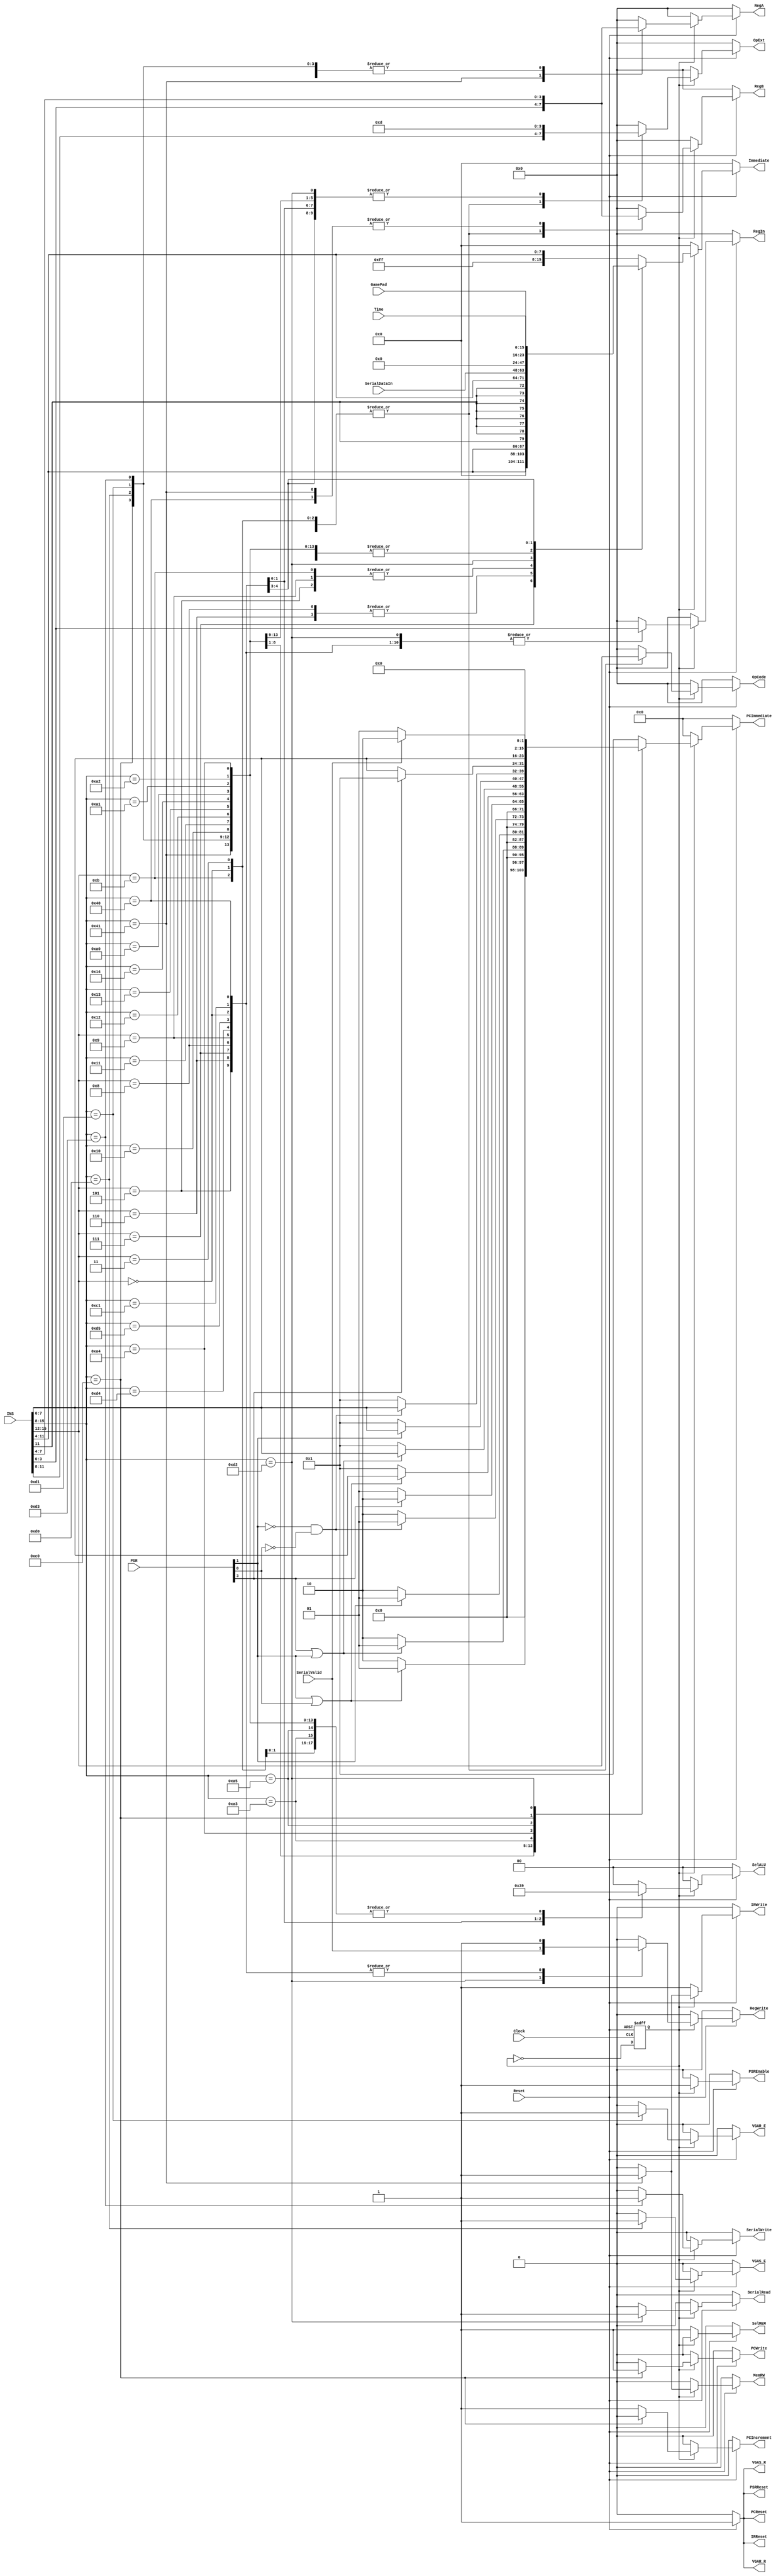
`timescale 1ns / 1ps
//////////////////////////////////////////////////////////////////////////////////
// Company: 
// Engineer: 
// 
// Design Name: 
// Module Name:    CPU_Controller 
// Project Name: 
// Target Devices: 
// Tool versions: 
// Description: 
//
// Dependencies: 
//
// Revision: 
// Revision 0.01 - File Created
// Additional Comments: 
//
//////////////////////////////////////////////////////////////////////////////////
module CPU_Controller(
    input Clock,
    input Reset,
    input [15:0] INS,
    input [4:0] PSR,
	 input [7:0] GamePad,
	 input [15:0] SerialDataIn,
	 input SerialValid,
	 input [15:0] Time,
    output reg [3:0] OpCode,
    output reg [3:0] OpExt,
    output reg RegWrite,
    output reg [3:0] RegIn,
    output reg [3:0] RegA,
    output reg [3:0] RegB,
    output reg [15:0] Immediate,
	 output reg [7:0] PCImmediate,
    output reg [1:0] SelALU,
    output reg SelMEM,
    output reg MemRW,
    output reg PCWrite,
    output reg PCIncrement,
    output reg PCReset,
    output reg IRReset,
    output reg IRWrite,
    output reg PSRReset,
	 output reg PSREnable,
	 output reg VGAS_R,
	 output reg VGAS_E,
	 output reg VGAR_R,
	 output reg VGAR_E,
	 output reg SerialWrite,
	 output reg SerialRead
    );
	 
	 reg state;
	 
	initial begin
		state = 0;
	end
	
	always@(posedge Clock, negedge Reset)
	begin
		if (~Reset)
		begin
			state <= 0;
		end
		else
		begin
			state <= ~state;
		end
	end
	
	always@(*)
	begin
		if (~Reset)
		begin
			OpCode = 0;
			OpExt = 0;
			RegWrite = 0;
			RegA = 0;
			RegB = 0; 
			RegIn = 0;
			Immediate = 0; 
			PCImmediate = 0;
			SelALU = 0;
			SelMEM = 0;
			MemRW = 0;
			PCWrite = 0; 
			PCIncrement = 0;
			PCReset = 0;
			IRReset = 0;
			IRWrite = 0;
			PSRReset = 0;
			PSREnable = 0;
		   VGAS_R = 0;
	      VGAS_E = 0;
	      VGAR_R = 0;
	      VGAR_E = 0;
	      SerialWrite = 0;
			SerialRead = 0;
		end
		else // else don't reset
		begin
	
		// State 0 -- Fetch
		if (~state)
		begin
			OpCode = 0;
			OpExt = 0;
			RegWrite = 0;
			RegA = 0;
			RegB = 0; 
			RegIn = 0;
			Immediate = 0; 
			PCImmediate = 0;
			SelALU = 0;
			SelMEM = 1;
			MemRW = 0;
			IRWrite = 1;
			PCWrite = 0;
			PCIncrement = 0;
			PCReset = 1;
			IRReset = 1;
			PSRReset = 1;
			PSREnable = 0;
			VGAS_R = 1;
	      VGAS_E = 0;
	      VGAR_R = 1;
	      VGAR_E = 0;
	      SerialWrite = 0;
			SerialRead = 0;
		end
			
		// State 1 -- Execute
		else
			begin
				PSREnable = 1;
			casex (INS[15:0])
				// Register to Register ALU instructions
				16'b0000_xxxx_xxxx_xxxx:
					begin
						// Send instruction to ALU
						OpCode = INS[15:12];
						OpExt = INS[11:8];
						// Enable Registers to write
						RegWrite = 1'b1; 
						// Set the write to register
						RegIn = INS[3:0];
						// Set the operands
						RegA = INS[7:4];
						RegB = INS[3:0];
						// The PC should increment by one
						PCImmediate = 8'h01; 
						// Don't care about the immediate
						Immediate = 16'h0000; 
						// Select Registers A as ALU input
						SelALU = 2'b01; 
						// Don't care about the memory address
						SelMEM = 1'b0; 
						// Don't write to memory
						MemRW = 1'b0;
						// Don't write to Instruction register
						IRWrite = 1'b0;
						// Don't write to Program Counter
						PCWrite = 1'b0;
						PCIncrement = 1'b1; 
						// Don't reset anything
						PCReset = 1'b1;
						IRReset = 1'b1;
						PSRReset = 1'b1;
						VGAS_R = 1;
						VGAS_E = 0;
						VGAR_R = 1;
						VGAR_E = 0;
						SerialWrite = 0;
						SerialRead = 0;	
					end
				16'b0001_0000_xxxx_xxxx:
				begin
					// BGE
						OpCode = 4'h0;
						OpExt = 4'h0;
						// Disable Registers to write
						RegWrite = 1'b0; 
						// Set the write to register
						RegIn = 4'b0;
						// Set the operands
						RegA = 4'b0;
						RegB = 4'b0;
						// The PC should increment by one  
						if(PSR[1] == 1 || PSR[0] == 1)
							PCImmediate = 8'h01;
						else
							PCImmediate = 8'h02; 
						// Don't care about the immediate
						Immediate = 16'h0000; 
						// Select Registers A as ALU input
						SelALU = 2'b01; 
						// Don't care about the memory address
						SelMEM = 1'b0; 
						// Don't write to memory
						MemRW = 1'b0;
						// Don't write to Instruction register
						IRWrite = 1'b0;
						// Don't write to Program Counter
						PCWrite = 1'b0;
						PCIncrement = 1'b1; 
						// Don't reset anything
						PCReset = 1'b1;
						IRReset = 1'b1;
						PSRReset = 1'b1;
						VGAS_R = 1;
						VGAS_E = 0;
						VGAR_R = 1;
						VGAR_E = 0;
						SerialWrite = 0;
						SerialRead = 0;
				end
				16'b0001_0001_xxxx_xxxx:
				begin
					// BHS
						OpCode = 4'h0;
						OpExt = 4'h0;
						// Disable Registers to write
						RegWrite = 1'b0; 
						// Set the write to register
						RegIn = 4'b0;
						// Set the operands
						RegA = 4'b0;
						RegB = 4'b0;
						// The PC should increment by one  
						if(PSR[3] == 1 || PSR[1] == 1)
							PCImmediate = 8'h01;
						else
							PCImmediate = 8'h02; 
						// Don't care about the immediate
						Immediate = 16'h0000; 
						// Select Registers A as ALU input
						SelALU = 2'b01; 
						// Don't care about the memory address
						SelMEM = 1'b0; 
						// Don't write to memory
						MemRW = 1'b0;
						// Don't write to Instruction register
						IRWrite = 1'b0;
						// Don't write to Program Counter
						PCWrite = 1'b0;
						PCIncrement = 1'b1; 
						// Don't reset anything
						PCReset = 1'b1;
						IRReset = 1'b1;
						PSRReset = 1'b1;
						VGAS_R = 1;
						VGAS_E = 0;
						VGAR_R = 1;
						VGAR_E = 0;
						SerialWrite = 0;
						SerialRead = 0;	
				end
				16'b0001_0010_xxxx_xxxx:
				begin
					// BEQ
						OpCode = 4'h0;
						OpExt = 4'h0;
						// Disable Registers to write
						RegWrite = 1'b0; 
						// Set the write to register
						RegIn = 4'b0;
						// Set the operands
						RegA = 4'b0;
						RegB = 4'b0;
						// The PC should increment by one  
						if(PSR[1] == 1)
							PCImmediate = 8'h01;
						else
							PCImmediate = 8'h02; 
						// Don't care about the immediate
						Immediate = 16'h0000; 
						// Select Registers A as ALU input
						SelALU = 2'b01; 
						// Don't care about the memory address
						SelMEM = 1'b0; 
						// Don't write to memory
						MemRW = 1'b0;
						// Don't write to Instruction register
						IRWrite = 1'b0;
						// Don't write to Program Counter
						PCWrite = 1'b0;
						PCIncrement = 1'b1; 
						// Don't reset anything
						PCReset = 1'b1;
						IRReset = 1'b1;
						PSRReset = 1'b1;
						VGAS_R = 1;
						VGAS_E = 0;
						VGAR_R = 1;
						VGAR_E = 0;
						SerialWrite = 0;
						SerialRead = 0;	
				end
				16'b0001_0011_xxxx_xxxx:
				begin
					// BLT
						OpCode = 4'h0;
						OpExt = 4'h0;
						// Disable Registers to write
						RegWrite = 1'b0; 
						// Set the write to register
						RegIn = 4'b0;
						// Set the operands
						RegA = 4'b0;
						RegB = 4'b0;
						// The PC should increment by one  
						if(PSR[1] == 0 && PSR[0] == 0)
							PCImmediate = 8'h01;
						else
							PCImmediate = 8'h02; 
						// Don't care about the immediate
						Immediate = 16'h0000; 
						// Select Registers A as ALU input
						SelALU = 2'b01; 
						// Don't care about the memory address
						SelMEM = 1'b0; 
						// Don't write to memory
						MemRW = 1'b0;
						// Don't write to Instruction register
						IRWrite = 1'b0;
						// Don't write to Program Counter
						PCWrite = 1'b0;
						PCIncrement = 1'b1; 
						// Don't reset anything
						PCReset = 1'b1;
						IRReset = 1'b1;
						PSRReset = 1'b1;
						VGAS_R = 1;
						VGAS_E = 0;
						VGAR_R = 1;
						VGAR_E = 0;
						SerialRead = 0;
						SerialWrite = 0;						
				end
				16'b0001_0100_xxxx_xxxx:
				begin
					// BLS
						OpCode = 4'h0;
						OpExt = 4'h0;
						// Disable Registers to write
						RegWrite = 1'b0; 
						// Set the write to register
						RegIn = 4'b0;
						// Set the operands
						RegA = 4'b0;
						RegB = 4'b0;
						// The PC should increment by one  
						if(PSR[3] == 0)
							PCImmediate = 8'h01;
						else
							PCImmediate = 8'h02; 
						// Don't care about the immediate
						Immediate = 16'h0000; 
						// Select Registers A as ALU input
						SelALU = 2'b01; 
						// Don't care about the memory address
						SelMEM = 1'b0; 
						// Don't write to memory
						MemRW = 1'b0;
						// Don't write to Instruction register
						IRWrite = 1'b0;
						// Don't write to Program Counter
						PCWrite = 1'b0;
						PCIncrement = 1'b1; 
						// Don't reset anything
						PCReset = 1'b1;
						IRReset = 1'b1;
						PSRReset = 1'b1;
						VGAS_R = 1;
						VGAS_E = 0;
						VGAR_R = 1;
						VGAR_E = 0;
						SerialRead = 0;
						SerialWrite = 0;						
				end				
				16'b0011_xxxx_xxxx_xxxx:
				begin 
					// CMP
						// Send instruction to ALU
						OpCode = INS[15:12];
						OpExt = INS[11:8];
						// Disable Registers to write
						RegWrite = 1'b0;
						// Set the write to register
						RegIn = 4'h0;
						// Set the operands
						RegA = INS[7:4];
						RegB = INS[3:0];
						// The PC should increment by one 
						PCImmediate = 8'h01;
						// Don't care about immediate value
						Immediate = 16'h0000; 
						// Select Registers A as ALU input
						SelALU = 2'b01; 
						// Don't care about the memory address
						SelMEM = 1'b0; 
						// Don't write to memory
						MemRW = 1'b0;
						// Don't write to Instruction register
						IRWrite = 1'b0;
						// Don't write to Program Counter
						PCWrite = 1'b0;
						PCIncrement = 1'b1; 
						// Don't reset anything
						PCReset = 1'b1;
						IRReset = 1'b1;
						PSRReset = 1'b1;
						VGAS_R = 1;
						VGAS_E = 0;
						VGAR_R = 1;
						VGAR_E = 0;
						SerialRead = 0;
						SerialWrite = 0;						
				end
				16'b0101_xxxx_xxxx_xxxx:
				begin
					//ADDI
						// Send instruction to ALU
						OpCode = INS[15:12];
						OpExt = INS[11:8];
						// Enable Registers to write
						RegWrite = 1'b1;
						// Set the write to register
						RegIn = INS[3:0];
						// Set the operands
						RegA = 4'h0;
						RegB = INS[3:0];
						// The PC should increment by one 
						PCImmediate = 8'h01;
						// The Immediate value from the instruction:
						Immediate = {{8{INS[11]}},INS[11:4]}; 
						// Select Immediate as ALU input
						SelALU = 2'b00; 
						// Don't care about the memory address
						SelMEM = 1'b0; 
						// Don't write to memory
						MemRW = 1'b0;
						// Don't write to Instruction register
						IRWrite = 1'b0;
						// Don't write to Program Counter
						PCWrite = 1'b0;
						// 
						PCIncrement = 1'b1; 
						// Don't reset anything
						PCReset = 1'b1;
						IRReset = 1'b1;
						PSRReset = 1'b1;
						VGAS_R = 1;
						VGAS_E = 0;
						VGAR_R = 1;
						VGAR_E = 0;
						SerialRead = 0;
						SerialWrite = 0;						
				end
				16'b0110_xxxx_xxxx_xxxx:
				begin
					//ADDUI
						// Send instruction to ALU
						OpCode = INS[15:12];
						OpExt = INS[11:8];
						// Enable Registers to write
						RegWrite = 1'b1;
						// Set the write to register
						RegIn = INS[3:0];
						// Set the operands
						RegA = 4'h0;
						RegB = INS[3:0];
						// The PC should increment by one 
						PCImmediate = 8'h01;
						// The Immediate value from the instruction:
						Immediate = {{8{1'b0}},INS[11:4]}; 
						// Select Immediate as ALU input
						SelALU = 2'b00; 
						// Don't care about the memory address
						SelMEM = 1'b0; 
						// Don't write to memory
						MemRW = 1'b0;
						// Don't write to Instruction register
						IRWrite = 1'b0;
						// Don't write to Program Counter
						PCWrite = 1'b0;
						// Do increment the program counter
						PCIncrement = 1'b1; 
						// Don't reset anything
						PCReset = 1'b1;
						IRReset = 1'b1;
						PSRReset = 1'b1;
						VGAS_R = 1;
						VGAS_E = 0;
						VGAR_R = 1;
						VGAR_E = 0;
						SerialRead = 0;
						SerialWrite = 0;						
				end
				16'b0111_xxxx_xxxx_xxxx:
				begin
					//MOVIU
						// Send instruction to ALU
						OpCode = INS[15:12];
						OpExt = INS[11:8];
						// Enable Registers to write
						RegWrite = 1'b1;
						// Set the write to register
						RegIn = INS[3:0];
						// Set the operands
						RegA = 4'h0;
						RegB = INS[3:0];
						// The PC should increment by one 
						PCImmediate = 8'h01;
						// The Immediate value from the instruction:
						Immediate = {INS[11:4],{8{1'b0}}}; 
						// Select Immediate as ALU input
						SelALU = 2'b00; 
						// Don't care about the memory address
						SelMEM = 1'b0; 
						// Don't write to memory
						MemRW = 1'b0;
						// Don't write to Instruction register
						IRWrite = 1'b0;
						// Don't write to Program Counter
						PCWrite = 1'b0;
						// Do increment the program counter
						PCIncrement = 1'b1; 
						// Don't reset anything
						PCReset = 1'b1;
						IRReset = 1'b1;
						PSRReset = 1'b1;
						VGAS_R = 1;
						VGAS_E = 0;
						VGAR_R = 1;
						VGAR_E = 0;
						SerialRead = 0;
						SerialWrite = 0;						
				end		
				16'b1000_xxxx_xxxx_xxxx:
				begin
					//MOVI
						// Send instruction to ALU
						OpCode = INS[15:12];
						OpExt = INS[11:8];
						// Enable Registers to write
						RegWrite = 1'b1;
						// Set the write to register
						RegIn = INS[3:0];
						// Set the operands
						RegA = 4'h0;
						RegB = INS[3:0];
						// The PC should increment by one 
						PCImmediate = 8'h01;
						// The Immediate value from the instruction:
						Immediate = {{8{1'b0}},INS[11:4]}; 
						// Select Immediate as ALU input
						SelALU = 2'b00; 
						// Don't care about the memory address
						SelMEM = 1'b0; 
						// Don't write to memory
						MemRW = 1'b0;
						// Don't write to Instruction register
						IRWrite = 1'b0;
						// Don't write to Program Counter
						PCWrite = 1'b0;
						// Do increment the program counter
						PCIncrement = 1'b1; 
						// Don't reset anything
						PCReset = 1'b1;
						IRReset = 1'b1;
						PSRReset = 1'b1;
						VGAS_R = 1;
						VGAS_E = 0;
						VGAR_R = 1;
						VGAR_E = 0;
						SerialRead = 0;
						SerialWrite = 0;						
				end
				16'b1001_xxxx_xxxx_xxxx:
				begin
					//SUBI
						// Send instruction to ALU
						OpCode = INS[15:12];
						OpExt = INS[11:8];
						// Enable Registers to write
						RegWrite = 1'b1;
						// Set the write to register
						RegIn = INS[3:0];
						// Set the operands
						RegA = 4'h0;
						RegB = INS[3:0];
						// The PC should increment by one 
						PCImmediate = 8'h01;
						// The Immediate value from the instruction:
						Immediate = {{8{INS[11]}},INS[11:4]}; 
						// Select Immediate as ALU input
						SelALU = 2'b00; 
						// Don't care about the memory address
						SelMEM = 1'b0; 
						// Don't write to memory
						MemRW = 1'b0;
						// Don't write to Instruction register
						IRWrite = 1'b0;
						// Don't write to Program Counter
						PCWrite = 1'b0;
						// 
						PCIncrement = 1'b1; 
						// Don't reset anything
						PCReset = 1'b1;
						IRReset = 1'b1;
						PSRReset = 1'b1;
						VGAS_R = 1;
						VGAS_E = 0;
						VGAR_R = 1;
						VGAR_E = 0;
						SerialRead = 0;
						SerialWrite = 0;						
				end

				16'b1010_0000_xxxx_xxxx:
				begin
					// JGE
						OpCode = 4'h0;
						OpExt = 4'h0;
						// Disable Registers to write
						RegWrite = 1'b0; 
						// Set the write to register
						RegIn = 4'b0;
						// Set the operands
						RegA = 4'b0;
						RegB = 4'b0;
						// The PC should increment by one  
						if(PSR[1] == 1 || PSR[0] == 1)
							PCImmediate = INS[7:0];
						else
							PCImmediate = 8'h01; 
						// Don't care about the immediate
						Immediate = 16'h0000; 
						// Select Registers A as ALU input
						SelALU = 2'b01; 
						// Don't care about the memory address
						SelMEM = 1'b0; 
						// Don't write to memory
						MemRW = 1'b0;
						// Don't write to Instruction register
						IRWrite = 1'b0;
						// Don't write to Program Counter
						PCWrite = 1'b0;
						PCIncrement = 1'b1; 
						// Don't reset anything
						PCReset = 1'b1;
						IRReset = 1'b1;
						PSRReset = 1'b1;
						VGAS_R = 1;
						VGAS_E = 0;
						VGAR_R = 1;
						VGAR_E = 0;
						SerialRead = 0;
						SerialWrite = 0;						
				end
				16'b1010_0001_xxxx_xxxx:
				begin
					// JHS
						OpCode = 4'h0;
						OpExt = 4'h0;
						// Disable Registers to write
						RegWrite = 1'b0; 
						// Set the write to register
						RegIn = 4'b0;
						// Set the operands
						RegA = 4'b0;
						RegB = 4'b0;
						// The PC should increment by one  
						if(PSR[3] == 1 || PSR[1] == 1)
							PCImmediate = INS[7:0];
						else
							PCImmediate = 8'h01; 
						// Don't care about the immediate
						Immediate = 16'h0000; 
						// Select Registers A as ALU input
						SelALU = 2'b01; 
						// Don't care about the memory address
						SelMEM = 1'b0; 
						// Don't write to memory
						MemRW = 1'b0;
						// Don't write to Instruction register
						IRWrite = 1'b0;
						// Don't write to Program Counter
						PCWrite = 1'b0;
						PCIncrement = 1'b1; 
						// Don't reset anything
						PCReset = 1'b1;
						IRReset = 1'b1;
						PSRReset = 1'b1;
						VGAS_R = 1;
						VGAS_E = 0;
						VGAR_R = 1;
						VGAR_E = 0;
						SerialRead = 0;
						SerialWrite = 0;						
				end
				16'b1010_0010_xxxx_xxxx:
				begin
					// JEQ
						OpCode = 4'h0;
						OpExt = 4'h0;
						// Disable Registers to write
						RegWrite = 1'b0; 
						// Set the write to register
						RegIn = 4'b0;
						// Set the operands
						RegA = 4'b0;
						RegB = 4'b0;
						// The PC should increment by one  
						if(PSR[1] == 1)
							PCImmediate = INS[7:0];
						else
							PCImmediate = 8'h01; 
						// Don't care about the immediate
						Immediate = 16'h0000; 
						// Select Registers A as ALU input
						SelALU = 2'b01; 
						// Don't care about the memory address
						SelMEM = 1'b0; 
						// Don't write to memory
						MemRW = 1'b0;
						// Don't write to Instruction register
						IRWrite = 1'b0;
						// Don't write to Program Counter
						PCWrite = 1'b0;
						PCIncrement = 1'b1; 
						// Don't reset anything
						PCReset = 1'b1;
						IRReset = 1'b1;
						PSRReset = 1'b1;
						VGAS_R = 1;
						VGAS_E = 0;
						VGAR_R = 1;
						VGAR_E = 0;
						SerialRead = 0;
						SerialWrite = 0;						
				end
				16'b1010_0011_xxxx_xxxx:
				begin
					// JLT
						OpCode = 4'h0;
						OpExt = 4'h0;
						// Disable Registers to write
						RegWrite = 1'b0; 
						// Set the write to register
						RegIn = 4'b0;
						// Set the operands
						RegA = 4'b0;
						RegB = 4'b0;
						// The PC should increment by one  
						if(PSR[1] == 0 && PSR[0] == 0)
							PCImmediate = INS[7:0];
						else
							PCImmediate = 8'h01; 
						// Don't care about the immediate
						Immediate = 16'h0000; 
						// Select Registers A as ALU input
						SelALU = 2'b01; 
						// Don't care about the memory address
						SelMEM = 1'b0; 
						// Don't write to memory
						MemRW = 1'b0;
						// Don't write to Instruction register
						IRWrite = 1'b0;
						// Don't write to Program Counter
						PCWrite = 1'b0;
						PCIncrement = 1'b1; 
						// Don't reset anything
						PCReset = 1'b1;
						IRReset = 1'b1;
						PSRReset = 1'b1;
						VGAS_R = 1;
						VGAS_E = 0;
						VGAR_R = 1;
						VGAR_E = 0;
						SerialRead = 0;
						SerialWrite = 0;						
				end
				16'b1010_0100_xxxx_xxxx:
				begin
					// JLS
						OpCode = 4'h0;
						OpExt = 4'h0;
						// Disable Registers to write
						RegWrite = 1'b0; 
						// Set the write to register
						RegIn = 4'b0;
						// Set the operands
						RegA = 4'b0;
						RegB = 4'b0;
						// The PC should increment by one  
						if(PSR[3] == 0)
							PCImmediate = INS[7:0];
						else
							PCImmediate = 8'h01; 
						// Don't care about the immediate
						Immediate = 16'h0000; 
						// Select Registers A as ALU input
						SelALU = 2'b01; 
						// Don't care about the memory address
						SelMEM = 1'b0; 
						// Don't write to memory
						MemRW = 1'b0;
						// Don't write to Instruction register
						IRWrite = 1'b0;
						// Don't write to Program Counter
						PCWrite = 1'b0;
						PCIncrement = 1'b1; 
						// Don't reset anything
						PCReset = 1'b1;
						IRReset = 1'b1;
						PSRReset = 1'b1;
						VGAS_R = 1;
						VGAS_E = 0;
						VGAR_R = 1;
						VGAR_E = 0;
						SerialRead = 0;
						SerialWrite = 0;						
				end
				16'b1010_0101_xxxx_xxxx:
				begin
					// JOFFSET
						OpCode = 4'h0;
						OpExt = 4'h0;
						// Disable Registers to write
						RegWrite = 1'b0; 
						// Set the write to register
						RegIn = 4'b0;
						// Set the operands
						RegA = 4'b0;
						RegB = 4'b0;
						// The PC should increment by the immediate value
						PCImmediate = INS[7:0]; 
						// Don't care about the immediate
						Immediate = 16'h0000; 
						// Select Registers A as ALU input
						SelALU = 2'b01; 
						// Don't care about the memory address
						SelMEM = 1'b0; 
						// Don't write to memory
						MemRW = 1'b0;
						// Don't write to Instruction register
						IRWrite = 1'b0;
						// Don't write to Program Counter
						PCWrite = 1'b0;
						PCIncrement = 1'b1; 
						// Don't reset anything
						PCReset = 1'b1;
						IRReset = 1'b1;
						PSRReset = 1'b1;
						VGAS_R = 1;
						VGAS_E = 0;
						VGAR_R = 1;
						VGAR_E = 0;
						SerialRead = 0;
						SerialWrite = 0;						
				end				
				16'b1100_0000_xxxx_xxxx:
				begin
					// JUMP
						OpCode = 4'b0000;
						OpExt = 4'b1101;
						// Disable Registers to write
						RegWrite = 1'b0; 
						// Set the write to register
						RegIn = 4'b0;
						// Set the operands
						RegA = INS[7:4];
						RegB = 4'b0;
						// The PC shouldn't increment 
						PCImmediate = 8'h00;
						// Don't care about the immediate
						Immediate = 16'h0000; 
						// Select Registers A as ALU input
						SelALU = 2'b01; 
						// Don't care about the memory address
						SelMEM = 1'b0; 
						// Don't write to memory
						MemRW = 1'b0;
						// Don't write to Instruction register
						IRWrite = 1'b0;
						// Don't write to Program Counter
						PCWrite = 1'b1;
						PCIncrement = 1'b0; 
						// Don't reset anything
						PCReset = 1'b1;
						IRReset = 1'b1;
						PSRReset = 1'b1;
						VGAS_R = 1;
						VGAS_E = 0;
						VGAR_R = 1;
						VGAR_E = 0;
						SerialRead = 0;
						SerialWrite = 0;						
				end
				16'b1100_0001_xxxx_xxxx:
				begin
					// Store PC
						OpCode = 4'b0000;
						OpExt = 4'b1101;
						// Disable Registers to write
						RegWrite = 1'b1; 
						// Set the write to register
						RegIn = INS[3:0];
						// Set the operands
						RegA = 4'b0;
						RegB = 4'b0;
						// The PC should increment 
						PCImmediate = 8'h01;
						// Don't care about the immediate
						Immediate = 16'h0000; 
						// Select PC Out as ALU input
						SelALU = 2'b11; 
						// Don't care about the memory address
						SelMEM = 1'b0; 
						// Don't write to memory
						MemRW = 1'b0;
						// Don't write to Instruction register
						IRWrite = 1'b0;
						// Don't write to Program Counter
						PCWrite = 1'b0;
						PCIncrement = 1'b1; 
						// Don't reset anything
						PCReset = 1'b1;
						IRReset = 1'b1;
						PSRReset = 1'b1;
						VGAS_R = 1;
						VGAS_E = 0;
						VGAR_R = 1;
						VGAR_E = 0;
						SerialRead = 0;
						SerialWrite = 0;						
				end
				
				16'b1011_xxxx_xxxx_xxxx:
				begin 
					// CMPI
						// Send instruction to ALU
						OpCode = INS[15:12];
						OpExt = INS[11:8];
						// Disable Registers to write
						RegWrite = 1'b0;
						// Set the write to register
						RegIn = 4'h0;
						// Set the operands
						RegA = INS[7:4];
						RegB = INS[3:0];
						// The PC should increment by one 
						PCImmediate = 8'h01;
						// Set immediate value
						Immediate = {{8{INS[11]}},INS[11:4]}; 
						// Select Immediate as ALU input
						SelALU = 2'b00; 
						// Don't care about the memory address
						SelMEM = 1'b0; 
						// Don't write to memory
						MemRW = 1'b0;
						// Don't write to Instruction register
						IRWrite = 1'b0;
						// Don't write to Program Counter
						PCWrite = 1'b0;
						PCIncrement = 1'b1; 
						// Don't reset anything
						PCReset = 1'b1;
						IRReset = 1'b1;
						PSRReset = 1'b1;
						VGAS_R = 1;
						VGAS_E = 0;
						VGAR_R = 1;
						VGAR_E = 0;
						SerialRead = 0;
						SerialWrite = 0;						
				end
				16'b0100_0000_XXXX_XXXX:
				begin
					// Load
						// Send instruction to ALU (Move)
						OpCode = 4'b0000;
						OpExt = 4'b1101;
						// Enable Registers to write
						RegWrite = 1'b1;
						// Set the write to register
						RegIn = INS[3:0];
						// Set the operands
						RegA = 4'h0;
						RegB = INS[7:4];
						// The PC should increment by one 
						PCImmediate = 8'h01;
						// Set immediate value
						Immediate = 16'h0000; 
						// Select Immediate as memory data out
						SelALU = 2'b10; 
						// Memory address coming from the B register
						SelMEM = 1'b0; 
						// Don't write to memory
						MemRW = 1'b0;
						// Don't write to Instruction register
						IRWrite = 1'b0;
						// Don't write to Program Counter
						PCWrite = 1'b0;
						PCIncrement = 1'b1; 
						// Don't reset anything
						PCReset = 1'b1;
						IRReset = 1'b1;
						PSRReset = 1'b1;
						VGAS_R = 1;
						VGAS_E = 0;
						VGAR_R = 1;
						VGAR_E = 0;
						SerialRead = 0;
						SerialWrite = 0;						
				end
				16'b0100_0001_XXXX_XXXX:
				begin
					// Store
						// Send instruction to ALU (Move)
						OpCode = 4'b0000;
						OpExt = 4'b1101;
						// Disable Register write
						RegWrite = 1'b0;
						// Set the write to register
						RegIn = 4'h0;
						// Set the operands
						RegA = INS[3:0];
						RegB = INS[7:4];
						// The PC should increment by one 
						PCImmediate = 8'h01;
						// Set immediate value
						Immediate = 16'h0000; 
						// Select ALU input as reg A
						SelALU = 2'b01; 
						// Memory address coming from the B register
						SelMEM = 1'b0; 
						// Do write to memory
						MemRW = 1'b1;
						// Do write to Instruction register
						IRWrite = 1'b1;
						// Don't write to Program Counter
						PCWrite = 1'b0;
						PCIncrement = 1'b1; 
						// Don't reset anything
						PCReset = 1'b1;
						IRReset = 1'b1;
						PSRReset = 1'b1;
						VGAS_R = 1;
						VGAS_E = 0;
						VGAR_R = 1;
						VGAR_E = 0;
						SerialRead = 0;
						SerialWrite = 0;						
				end
				16'b1101_0000_xxxx_xxxx:
				begin
					//SETBEGINVGA
						// Send instruction to ALU (MOV)
						OpCode = 4'b0000;
						OpExt = 4'b1101;
						// disable Registers to write
						RegWrite = 1'b0;
						// Set the write to register
						RegIn = 4'h0;
						// Set the operands
						RegA = INS[7:4];
						RegB = 4'h0;
						// The PC should increment by one 
						PCImmediate = 8'h01;
						// The Immediate value from the instruction:
						Immediate = 16'h0000; 
						// Select registerA as ALU input
						SelALU = 2'b01; 
						// Don't care about the memory address
						SelMEM = 1'b0; 
						// Don't write to memory
						MemRW = 1'b0;
						// Don't write to Instruction register
						IRWrite = 1'b0;
						// Don't write to Program Counter
						PCWrite = 1'b0;
						// 
						PCIncrement = 1'b1; 
						// Don't reset anything
						PCReset = 1'b1;
						IRReset = 1'b1;
						PSRReset = 1'b1;
						VGAS_R = 1;
						VGAS_E = 1;
						VGAR_R = 1;
						VGAR_E = 0;
						SerialRead = 0;
						SerialWrite = 0;						
				end	
				16'b1101_0001_xxxx_xxxx:
				begin
					//SETROWVGA
						// Send instruction to ALU (MOV)
						OpCode = 4'b0000;
						OpExt = 4'b1101;
						// disable Registers to write
						RegWrite = 1'b0;
						// Set the write to register
						RegIn = 4'h0;
						// Set the operands
						RegA = INS[7:4];
						RegB = 4'h0;
						// The PC should increment by one 
						PCImmediate = 8'h01;
						// The Immediate value from the instruction:
						Immediate = 16'h0000; 
						// Select registerA as ALU input
						SelALU = 2'b01; 
						// Don't care about the memory address
						SelMEM = 1'b0; 
						// Don't write to memory
						MemRW = 1'b0;
						// Don't write to Instruction register
						IRWrite = 1'b0;
						// Don't write to Program Counter
						PCWrite = 1'b0;
						// 
						PCIncrement = 1'b1; 
						// Don't reset anything
						PCReset = 1'b1;
						IRReset = 1'b1;
						PSRReset = 1'b1;
						VGAS_R = 1;
						VGAS_E = 0;
						VGAR_R = 1;
						VGAR_E = 1;
						SerialRead = 0;
						SerialWrite = 0;						
				end	
				16'b1101_0010_xxxx_xxxx:
				begin
					// Read Serial
						OpCode = 4'b0000;
						OpExt = 4'b1101;
						// Disable Registers to write
						RegWrite = SerialValid; 
						// Set the write to register
						RegIn = INS[3:0];
						// Set the operands
						RegA = 4'b0;
						RegB = 4'b0;
						// The PC should increment by one  
						if(~SerialValid)
							PCImmediate = 8'h01;
						else
							PCImmediate = 8'h02; 
						// Don't care about the immediate
						Immediate = SerialDataIn; 
						// Select Immediate ALU input
						SelALU = 2'b00; 
						// Don't care about the memory address
						SelMEM = 1'b0; 
						// Don't write to memory
						MemRW = 1'b0;
						// Don't write to Instruction register
						IRWrite = 1'b0;
						// Don't write to Program Counter
						PCWrite = 1'b0;
						PCIncrement = 1'b1; 
						// Don't reset anything
						PCReset = 1'b1;
						IRReset = 1'b1;
						PSRReset = 1'b1;
						VGAS_R = 1;
						VGAS_E = 0;
						VGAR_R = 1;
						VGAR_E = 0;
						SerialRead = 1;
						SerialWrite = 0;						
				end
				16'b1101_0011_xxxx_xxxx:
				begin
					// Write Serial
						OpCode = 4'b0000;
						OpExt = 4'b1101;
						// Disable Registers to write
						RegWrite = 1'b0; 
						// Set the write to register
						RegIn = 4'b0;
						// Set the operands
						RegA = INS[7:4];
						RegB = 4'b0;
						// The PC should increment by one  
						PCImmediate = 8'h01; 
						// Don't care about the immediate
						Immediate = 16'h0000; 
						// Select Registers A as ALU input
						SelALU = 2'b01; 
						// Don't care about the memory address
						SelMEM = 1'b0; 
						// Don't write to memory
						MemRW = 1'b0;
						// Don't write to Instruction register
						IRWrite = 1'b0;
						// Don't write to Program Counter
						PCWrite = 1'b0;
						PCIncrement = 1'b1; 
						// Don't reset anything
						PCReset = 1'b1;
						IRReset = 1'b1;
						PSRReset = 1'b1;
						VGAS_R = 1;
						VGAS_E = 0;
						VGAR_R = 1;
						VGAR_E = 0;
						SerialRead = 0;
						SerialWrite = 1;						
				end				
				16'b1101_0100_xxxx_xxxx:
				begin
					//READ GamePad
						// Send instruction to ALU (MOV)
						OpCode = 4'b0000;
						OpExt = 4'b1101;
						// enable Registers to write
						RegWrite = 1'b1;
						// Set the write to register
						RegIn = INS[3:0];
						// Set the operands
						RegA = 4'h0;
						RegB = 4'h0;
						// The PC should increment by one 
						PCImmediate = 8'h01;
						// The Immediate value from the instruction:
						Immediate = {8'h00,GamePad[7:0]}; 
						// Select Immediate as ALU input
						SelALU = 2'b00; 
						// Don't care about the memory address
						SelMEM = 1'b0; 
						// Don't write to memory
						MemRW = 1'b0;
						// Don't write to Instruction register
						IRWrite = 1'b0;
						// Don't write to Program Counter
						PCWrite = 1'b0;
						// 
						PCIncrement = 1'b1; 
						// Don't reset anything
						PCReset = 1'b1;
						IRReset = 1'b1;
						PSRReset = 1'b1;
						VGAS_R = 1;
						VGAS_E = 0;
						VGAR_R = 1;
						VGAR_E = 0;
						SerialRead = 0;
						SerialWrite = 0;						
				end
				16'b1101_0101_xxxx_xxxx:
				begin
					//READ Clock
						// Send instruction to ALU (MOV)
						OpCode = 4'b0000;
						OpExt = 4'b1101;
						// enable Registers to write
						RegWrite = 1'b1;
						// Set the write to register
						RegIn = INS[3:0];
						// Set the operands
						RegA = 4'h0;
						RegB = 4'h0;
						// The PC should increment by one 
						PCImmediate = 8'h01;
						// The Immediate value from the instruction:
						Immediate = Time; 
						// Select Immediate as ALU input
						SelALU = 2'b00; 
						// Don't care about the memory address
						SelMEM = 1'b0; 
						// Don't write to memory
						MemRW = 1'b0;
						// Don't write to Instruction register
						IRWrite = 1'b0;
						// Don't write to Program Counter
						PCWrite = 1'b0;
						// 
						PCIncrement = 1'b1; 
						// Don't reset anything
						PCReset = 1'b1;
						IRReset = 1'b1;
						PSRReset = 1'b1;
						VGAS_R = 1;
						VGAS_E = 0;
						VGAR_R = 1;
						VGAR_E = 0;
						SerialRead = 0;
						SerialWrite = 0;						
				end								
				16'bXXXX_XXXX_XXXX_XXXX:
				begin
					// Do nothing!
						// Send instruction to ALU
						OpCode = 0;
						OpExt = 0;
						// Disable Registers to write
						RegWrite = 1'b0;
						// Set the write to register
						RegIn = 0;
						// Set the operands
						RegA = 0;
						RegB = 0;
						// The PC should increment by one 
						PCImmediate = 8'h01;
						// Set immediate value
						Immediate = {{8{1'b1}},INS[11:4]}; 
						// Select Immediate as ALU input
						SelALU = 2'b00; 
						// Don't care about the memory address
						SelMEM = 2'b00; 
						// Don't write to memory
						MemRW = 1'b0;
						// Don't write to Instruction register
						IRWrite = 1'b0;
						// Don't write to Program Counter
						PCWrite = 1'b0;
						PCIncrement = 1'b1; 
						// Don't reset anything
						PCReset = 1'b1;
						IRReset = 1'b1;
						PSRReset = 1'b1;
						VGAS_R = 1;
						VGAS_E = 0;
						VGAR_R = 1;
						VGAR_E = 0;
						SerialRead = 0;
						SerialWrite = 0;						
				end
			endcase
			end
		end
	end
	


endmodule